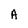
Character: A